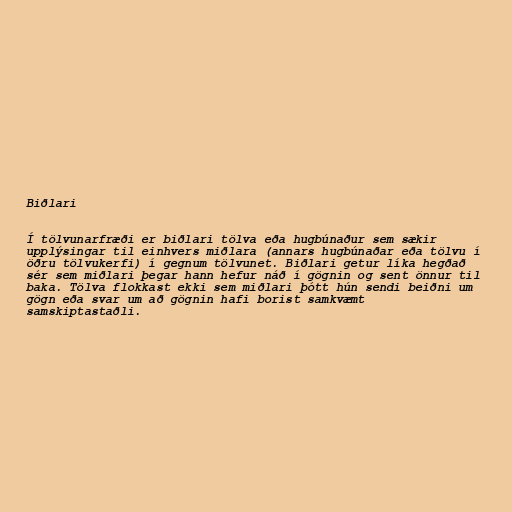
Biðlari

Í tölvunarfræði er biðlari tölva eða hugbúnaður sem sækir
upplýsingar til einhvers miðlara (annars hugbúnaðar eða tölvu í
öðru tölvukerfi) í gegnum tölvunet. Biðlari getur líka hegðað
sér sem miðlari þegar hann hefur náð í gögnin og sent önnur til
baka. Tölva flokkast ekki sem miðlari þótt hún sendi beiðni um
gögn eða svar um að gögnin hafi borist samkvæmt
samskiptastaðli.